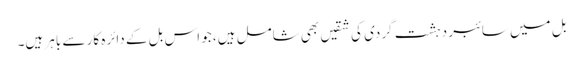
بل میں سائبر دہشت گردی کی شقیں بھی شامل ہیں، جو اس بل کے دائرہ کار سے باہر ہیں۔